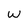
Character: W